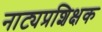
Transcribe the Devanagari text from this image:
नाट्यप्रशिक्षक